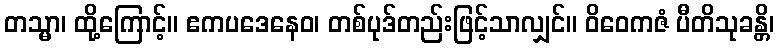
တသ္မာ၊ ထို့ကြောင့်။ ဧကပဒေနေဝ၊ တစ်ပုဒ်တည်းဖြင့်သာလျှင်။ ဝိဝေကဇံ ပီတိသုခန္တိ၊